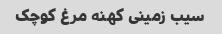
سیب زمینی کهنه مرغ کوچک